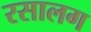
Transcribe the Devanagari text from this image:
रसालग